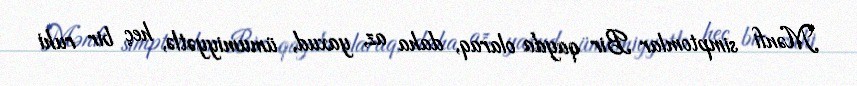
Mənfi simptomlar Bir qayda olaraq, daha az, yaxud, ümumiyyətlə, heç bir ruhi